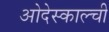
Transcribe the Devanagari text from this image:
ओदेस्काल्ची